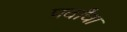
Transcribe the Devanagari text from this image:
पर्वांचा